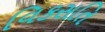
વિકસતિ